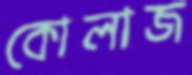
কোলাজ